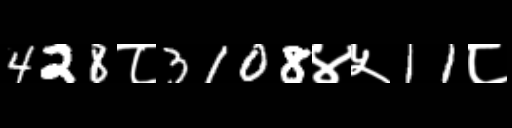
Text: 428८3108४५11८